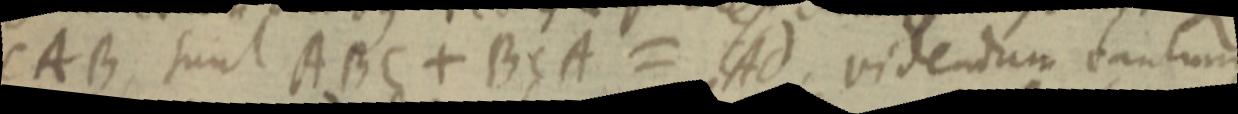
CAB. sunt ABC + BcA = Ad videndum tantum